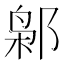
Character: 𰻮